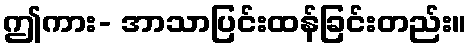
ဤကား- အာသာပြင်းထန်ခြင်းတည်း။